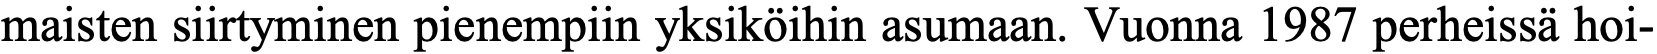
maisten siirtyminen pienempiin yksiköihin asumaan. Vuonna 1987 perheissä hoi-